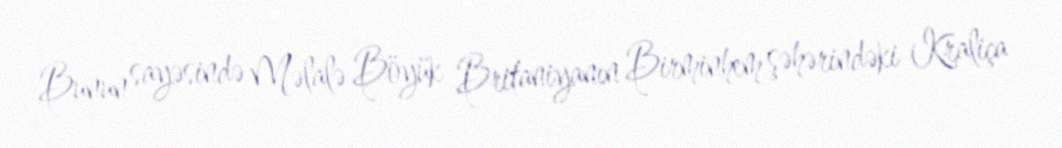
Bunun sayəsində Məlalə Böyük Britaniyanın Birminhem şəhərindəki Kraliça